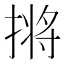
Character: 𫽣